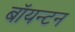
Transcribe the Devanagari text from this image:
बॉयन्टन